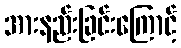
အားနည်းခြင်းကြောင့်